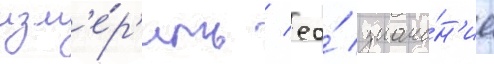
изм'е́р'ить / ео́ значе́н'ие